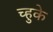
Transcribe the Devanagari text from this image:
च्हुके